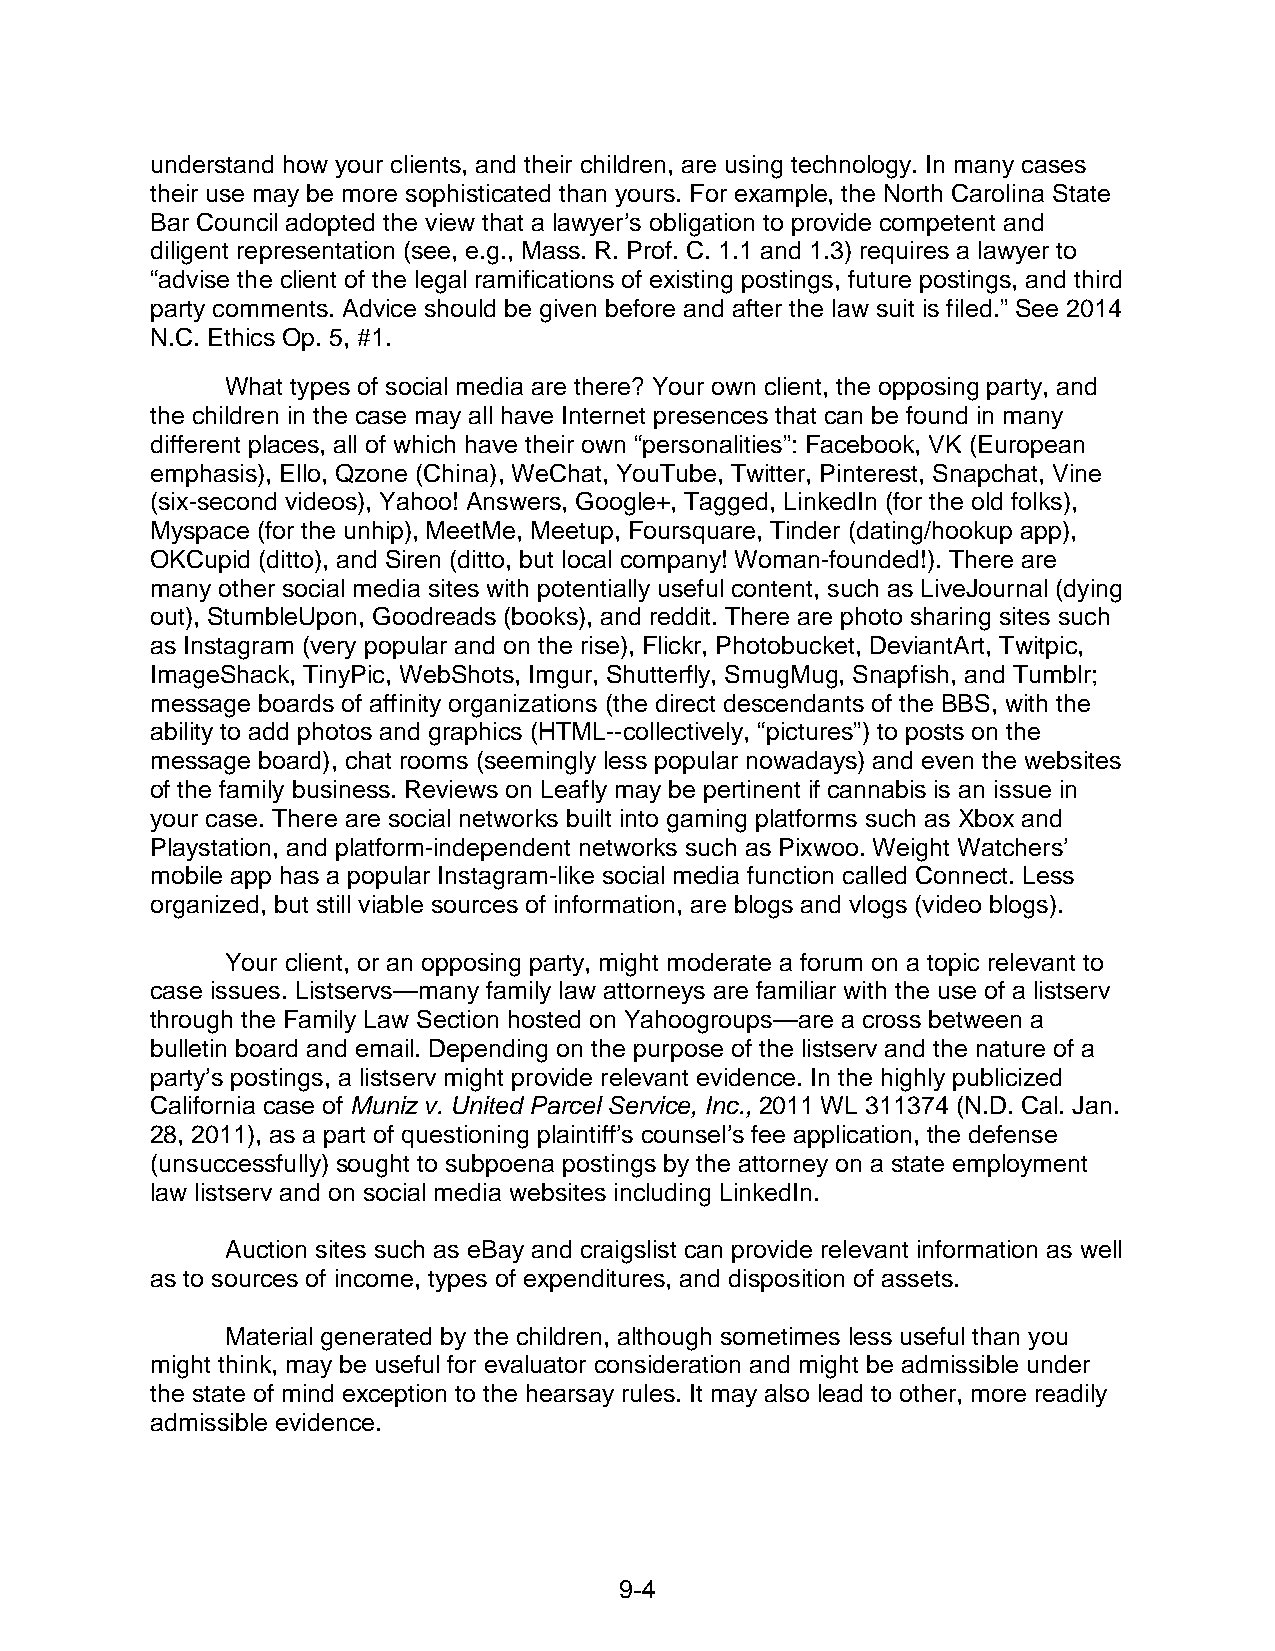
understand how your clients, and their children, are using technology. In many cases
 their use may be more sophisticated than yours. For example, the North Carolina State
 Bar Council adopted the view that a lawyer’s obligation to provide competent and
 diligent representation (see, e.g., Mass. R. Prof. C. 1.1 and 1.3) requires a lawyer to
 “advise the client of the legal ramifications of existing postings, future postings, and third
 party comments. Advice should be given before and after the law suit is filed.” See 2014
 N.C. Ethics Op. 5, #1.
 What types of social media are there? Your own client, the opposing party, and
 the children in the case may all have Internet presences that can be found in many
 different places, all of which have their own “personalities”: Facebook, VK (European
 emphasis), Ello, Qzone (China), WeChat, YouTube, Twitter, Pinterest, Snapchat, Vine
 (six-second videos), Yahoo! Answers, Google+, Tagged, LinkedIn (for the old folks),
 Myspace (for the unhip), MeetMe, Meetup, Foursquare, Tinder (dating/hookup app),
 OKCupid (ditto), and Siren (ditto, but local company! Woman-founded!). There are
 many other social media sites with potentially useful content, such as LiveJournal (dying
 out), StumbleUpon, Goodreads (books), and reddit. There are photo sharing sites such
 as Instagram (very popular and on the rise), Flickr, Photobucket, DeviantArt, Twitpic,
 ImageShack, TinyPic, WebShots, Imgur, Shutterfly, SmugMug, Snapfish, and Tumblr;
 message boards of affinity organizations (the direct descendants of the BBS, with the
 ability to add photos and graphics (HTML--collectively, “pictures”) to posts on the
 message board), chat rooms (seemingly less popular nowadays) and even the websites
 of the family business. Reviews on Leafly may be pertinent if cannabis is an issue in
 your case. There are social networks built into gaming platforms such as Xbox and
 Playstation, and platform-independent networks such as Pixwoo. Weight Watchers’
 mobile app has a popular Instagram-like social media function called Connect. Less
 organized, but still viable sources of information, are blogs and vlogs (video blogs).
 Your client, or an opposing party, might moderate a forum on a topic relevant to
 case issues. Listservs—many family law attorneys are familiar with the use of a listserv
 through the Family Law Section hosted on Yahoogroups—are a cross between a
 bulletin board and email. Depending on the purpose of the listserv and the nature of a
 party’s postings, a listserv might provide relevant evidence. In the highly publicized
 California case of Muniz v. United Parcel Service, Inc., 2011 WL 311374 (N.D. Cal. Jan.
 28, 2011), as a part of questioning plaintiff’s counsel’s fee application, the defense
 (unsuccessfully) sought to subpoena postings by the attorney on a state employment
 law listserv and on social media websites including LinkedIn.
 Auction sites such as eBay and craigslist can provide relevant information as well
 as to sources of income, types of expenditures, and disposition of assets.
 Material generated by the children, although sometimes less useful than you
 might think, may be useful for evaluator consideration and might be admissible under
 the state of mind exception to the hearsay rules. It may also lead to other, more readily
 admissible evidence.
 9- 4